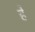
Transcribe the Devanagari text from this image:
र्हे